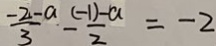
\frac { - 2 - a } { 3 } - \frac { ( - 1 ) - a } { 2 } = - 2